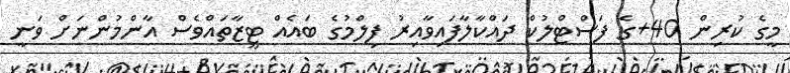
މީގެ ކުރިން 40+ގެ ފަސްޓްލުކް ދައްކާލާފައިވާއިރު ފިލްމުގެ ބައެއް ޓީޒާތައްވެސް އާންމުންނަށް ވަނީ